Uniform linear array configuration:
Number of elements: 24
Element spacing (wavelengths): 1
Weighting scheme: hamming
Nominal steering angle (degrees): -30
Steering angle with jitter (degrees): -29.614
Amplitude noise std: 0.05
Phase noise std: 0.05

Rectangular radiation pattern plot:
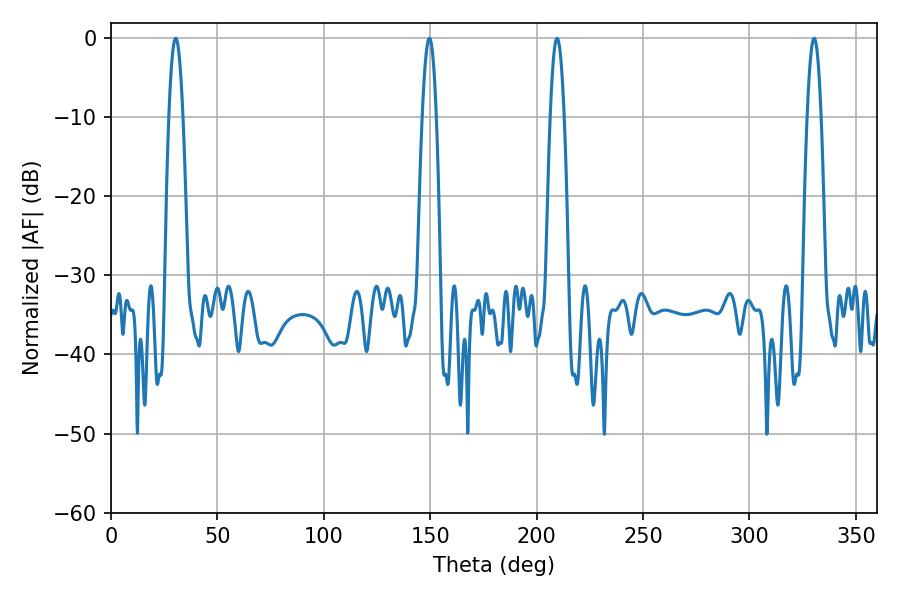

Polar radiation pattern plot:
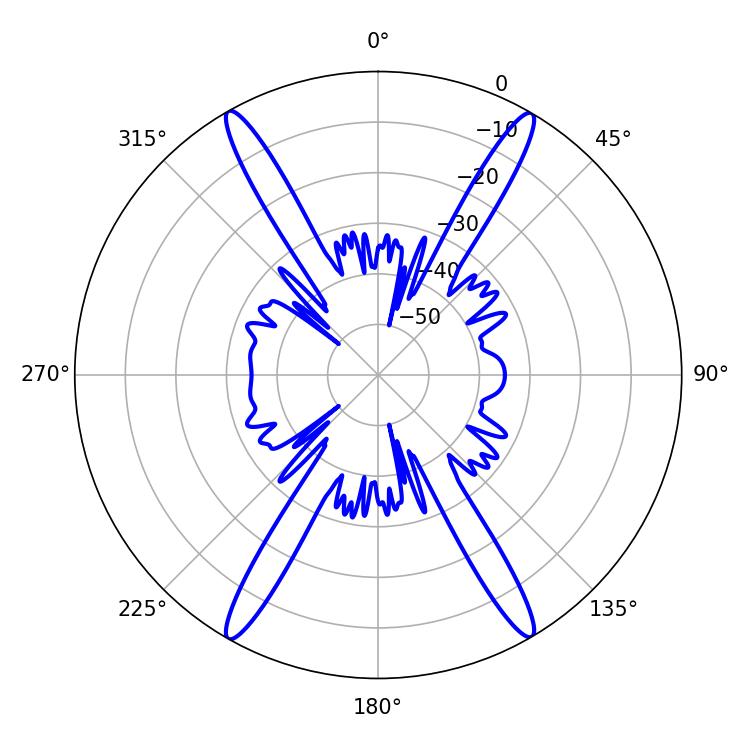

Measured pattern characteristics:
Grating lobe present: TRUE
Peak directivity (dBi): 29.477
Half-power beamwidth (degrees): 3.6
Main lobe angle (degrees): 30.42